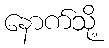
နောက်သို့